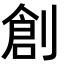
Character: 創